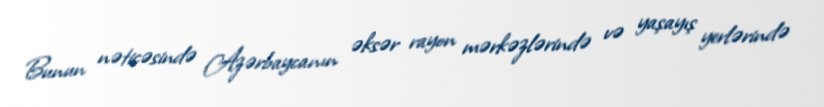
Bunun nəticəsində Azərbaycanın əksər rayon mərkəzlərində və yaşayış yerlərində